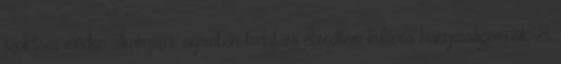
szokásos módon alkalmazni, nyomban tudatára ébredtem különös hiányosságomnak, és